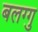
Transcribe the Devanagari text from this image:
बलग्गु